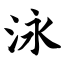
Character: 泳